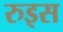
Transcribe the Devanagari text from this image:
रुइस